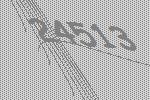
24513